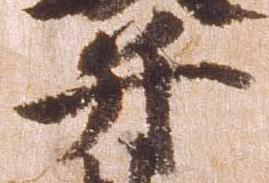
并